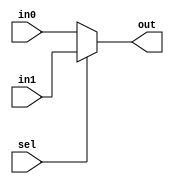
`timescale 1ns / 1ps
//////////////////////////////////////////////////////////////////////////////////
/*
Design da CPU LEG_V8 Single-Cycle.
Disciplina: TI0148 - Sistemas Embarcados
Mdulo: multiplexer.v
Funo: Mdulo de Controle
Grupo Responsvel: Marcus Vincius, Pablo Grisi e Lucas Ribeiro
*/
//////////////////////////////////////////////////////////////////////////////////
module multiplexer(
    input [63:0] in0,
    input [63:0] in1,
    input sel,
    
    output reg [63:0] out
    );
    
    always @(in0,in1,sel)
        begin
            if(sel == 0) begin
                out = in0;  //quando o sinal do "sel"  baixo.
            end
            else begin
                out = in1;  //quando o sinal do "sel"  alto.
            end
        end
    
endmodule